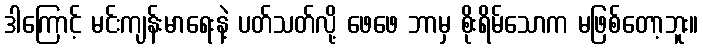
ဒါကြောင့် မင်းကျန်းမာရေးနဲ့ ပတ်သတ်လို့ ဖေဖေ ဘာမှ စိုးရိမ်သောက မဖြစ်တော့ဘူး။